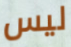
ليس